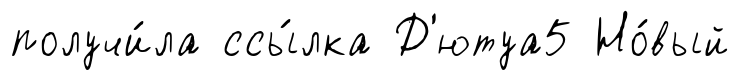
получи́ла ссы́лка Д'ютуа5 Но́вый